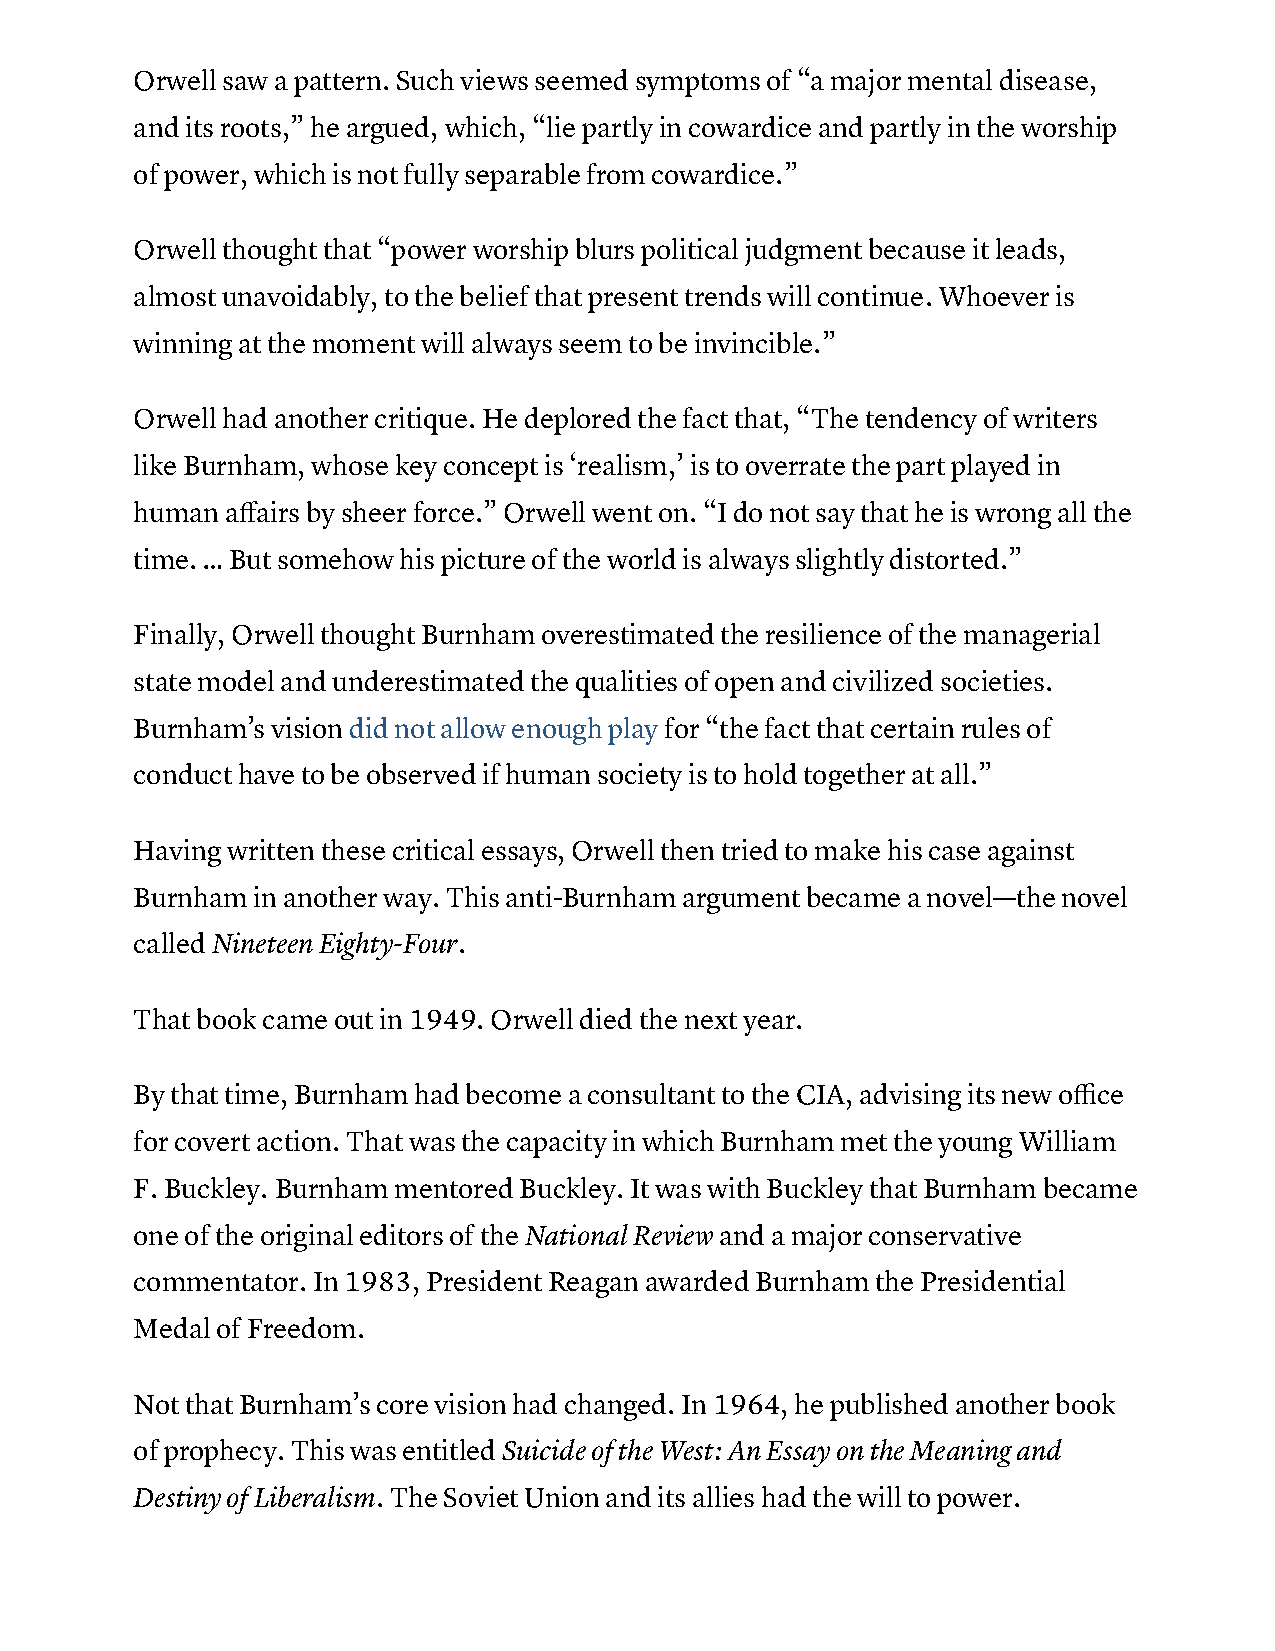
Orwell saw a pattern. Such views seemed symptoms of “a major mental disease,
 and its roots,” he argued, which, “lie partly in cowardice and partly in the worship
 of power, which is not fully separable from cowardice.”
 Orwell thought that “power worship blurs political judgment because it leads,
 almost unavoidably, to the belief that present trends will continue. Whoever is
 winning at the moment will always seem to be invincible.”
 Orwell had another critique. He deplored the fact that, “The tendency of writers
 like Burnham, whose key concept is ‘realism,’ is to overrate the part played in
 human affairs by sheer force.” Orwell went on. “I do not say that he is wrong all the
 time. … But somehow his picture of the world is always slightly distorted.”
 Finally, Orwell thought Burnham overestimated the resilience of the managerial
 state model and underestimated the qualities of open and civilized societies.
 Burnham’s vision did not allow enough play for “the fact that certain rules of
 conduct have to be observed if human society is to hold together at all.”
 Having written these critical essays, Orwell then tried to make his case against
 Burnham in another way. This anti-Burnham argument became a novel—the novel
 called Nineteen Eighty-Four.
 That book came out in 1949. Orwell died the next year.
 By that time, Burnham had become a consultant to the CIA, advising its new office
 for covert action. That was the capacity in which Burnham met the young William
 F. Buckley. Burnham mentored Buckley. It was with Buckley that Burnham became
 one of the original editors of the National Review and a major conservative
 commentator. In 1983, President Reagan awarded Burnham the Presidential
 Medal of Freedom.
 Not that Burnham’s core vision had changed. In 1964, he published another book
 of prophecy. This was entitled Suicide of the West: An Essay on the Meaning and
 Destiny of Liberalism. The Soviet Union and its allies had the will to power.